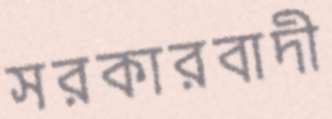
সরকারবাদী